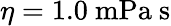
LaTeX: \eta=1.0\ \mathrm{mPa\ s}